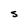
Character: S